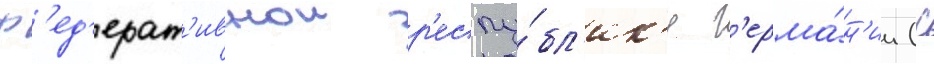
ф'ед'ерат'ивнои р'еспу́бл'ик'е г'ерма́н'ии (с